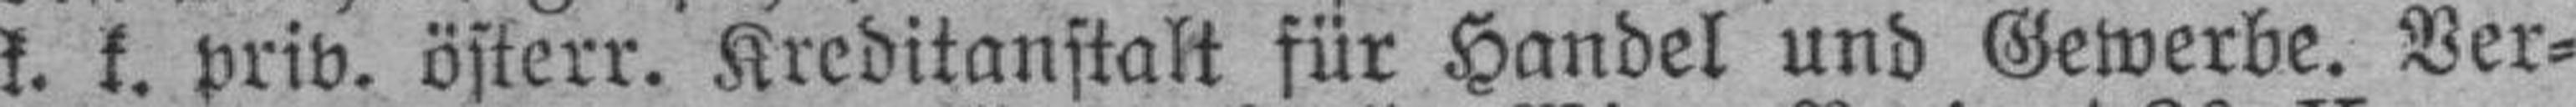
k. k. priv. österr. Kreditanstalt für Handel und Gewerbe. Ver¬